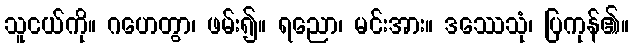
သူငယ်ကို။ ဂဟေတွာ၊ ဖမ်း၍။ ရညော၊ မင်းအား။ ဒဿေသုံ၊ ပြကုန်၏။